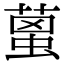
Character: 𦹌